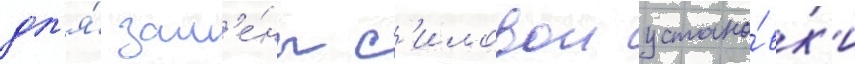
дл'я́ зам'е́ны с'иловои устано́вк'и